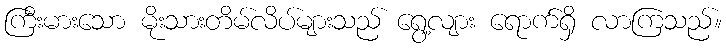
ကြီးမားသော မိုးသားတိမ်လိပ်များသည် ရွေ့လျား ရောက်ရှိ လာကြသည်။